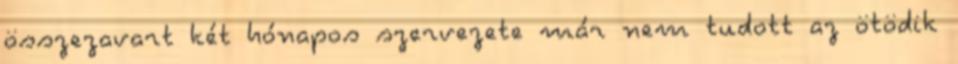
összezavart két hónapos szervezete már nem tudott az ötödik